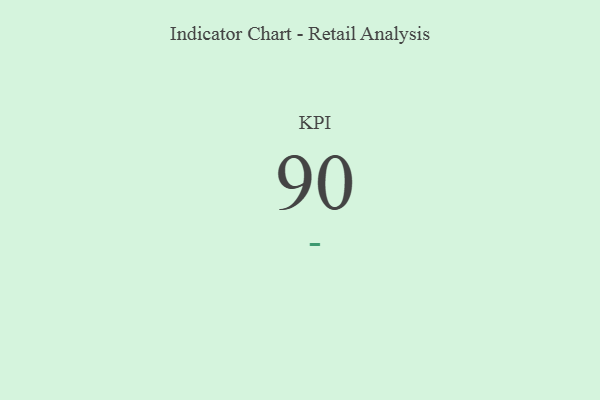
{"axis": {"x": "KPI", "y": "Value"}, "legend": [""], "data": [{"x": "KPI", "y": 90, "type": ""}]}